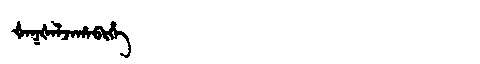
Manchu: ᡧᠠᡴᡧᠠᠯᠵᠠᡥᠠᠪᡳᡥᡝ
Romanization: ŠAKŠALJAHABIHE